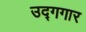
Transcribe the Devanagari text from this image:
उद्गगार